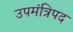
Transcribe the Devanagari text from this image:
उपमंत्रिपद